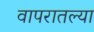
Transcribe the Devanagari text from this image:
वापरातल्या